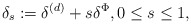
\begin{align*}\delta_s := \delta^{(d)} + s\delta^{\Phi}, 0 \leq s \leq 1,\end{align*}